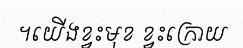
។យើងខ្វះមុខ ខ្វះក្រោយ